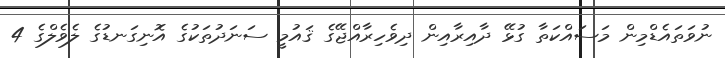
ނުވަތައެޑްމިން މަސައްކަތާ ގުޅޭ ދާއިރާއިން ދިވެހިރާއްޖޭގެ ޤައުމީ ސަނަދުތަކުގެ އޮނިގަނޑުގެ ލެވެލްގެ 4